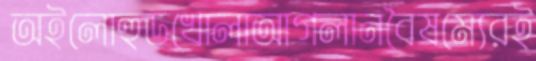
অইলোহুডখোলাআগলানবৈষম্যেরই